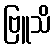
ဗြူသိ